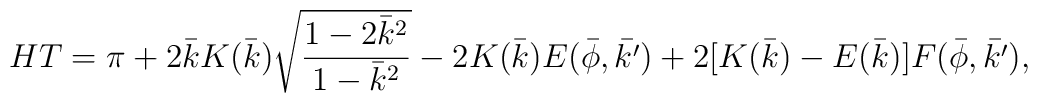
HT=\pi+2\bar{k}K(\bar{k})\sqrt{\frac{1-2\bar{k}^2}{1-\bar{k}^2}}-2K(\bar{k})E(\bar{\phi},\bar{k'})+2[K(\bar{k})-E(\bar{k})]F(\bar{\phi},\bar{k'}),